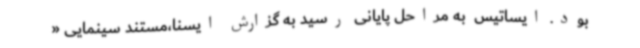
بود. ایساتیس  به مراحل پایانی رسید به گزارش ایسنا،مستند سینمایی «